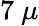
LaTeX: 7~\mu